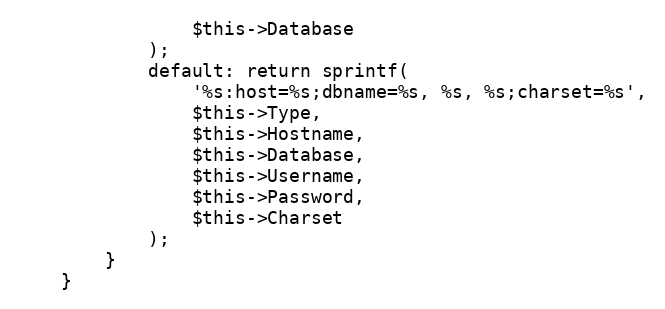
Language: PHP
				$this->Database
			);
			default: return sprintf(
				'%s:host=%s;dbname=%s, %s, %s;charset=%s',
				$this->Type,
				$this->Hostname,
				$this->Database,
				$this->Username,
				$this->Password,
				$this->Charset
			);
		}
	}